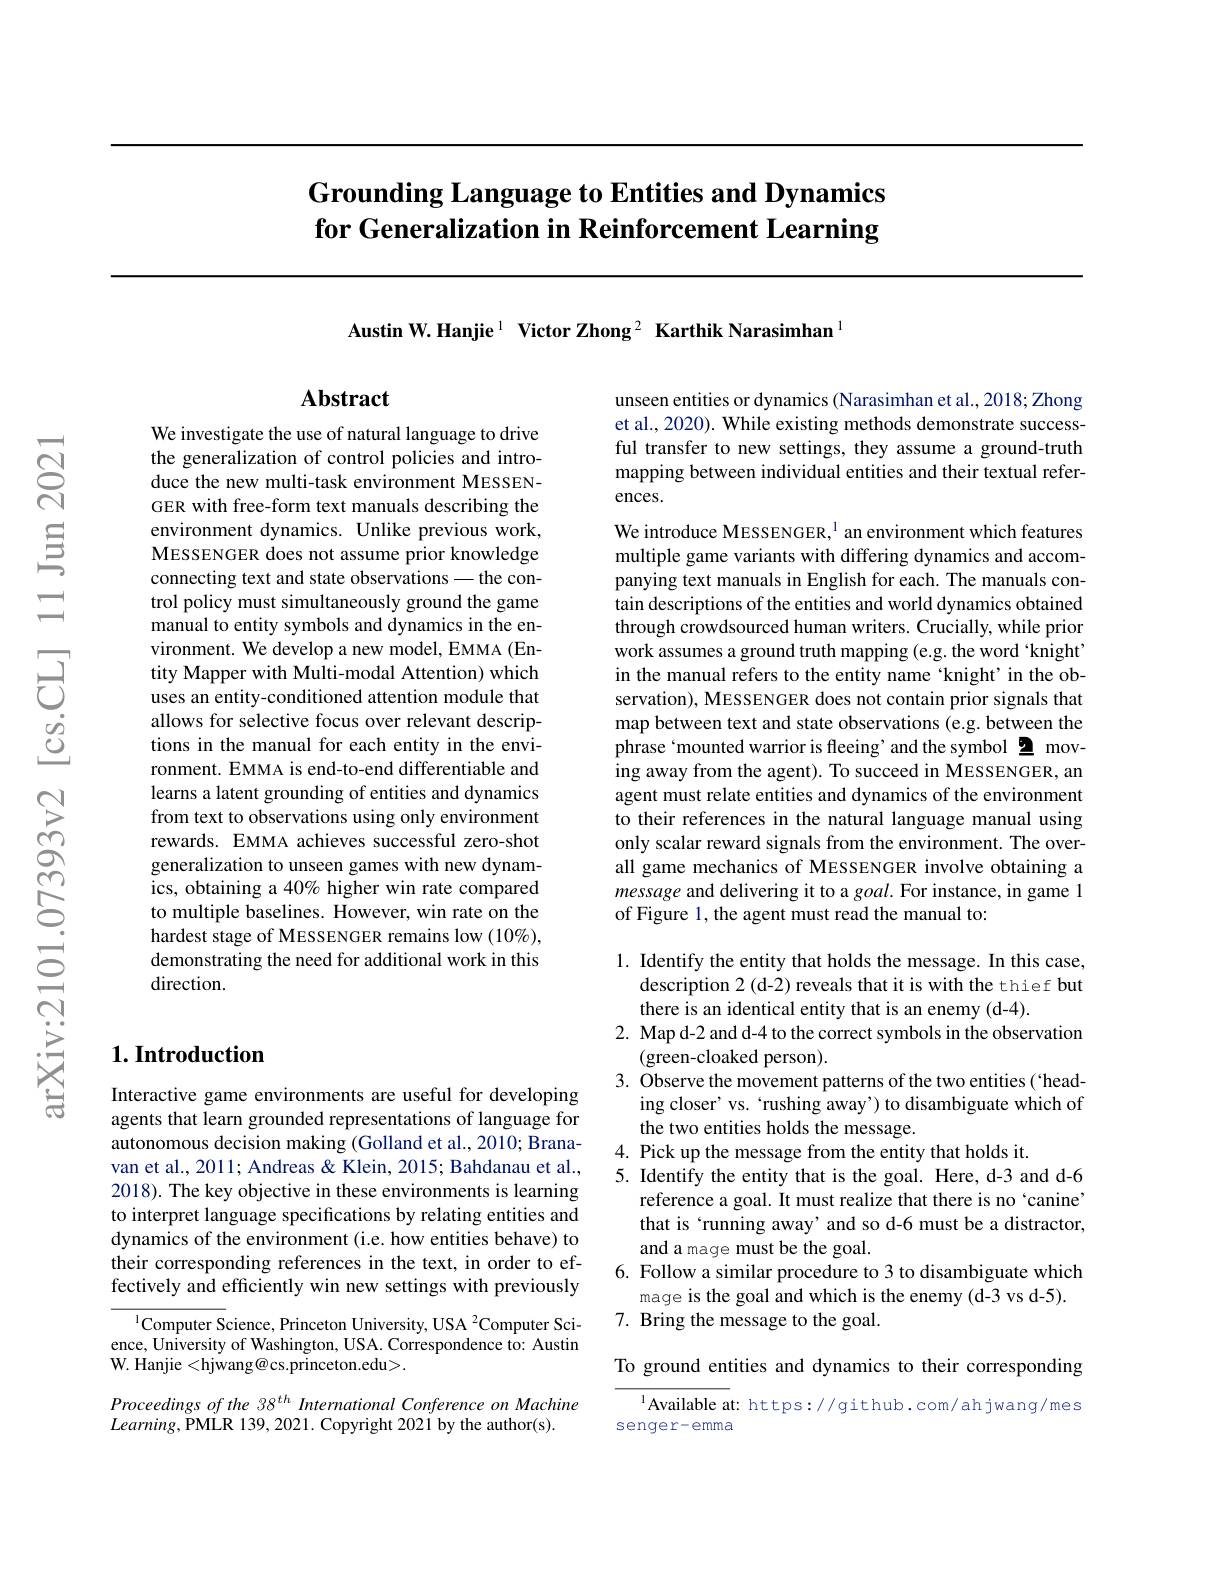
# Grounding Language to Entities and Dynamics for Generalization in Reinforcement Learning

Austin W.Hanjie $^{1}$ Victor Zhong $^2$ Karthik Narasimhan$^{1}$

## Abstract

We investigate the use of natural language to drive the generalization of control policies and introduce the new multi-task environment MESSENGER with free-form text manuals describing the environment dynamics. Unlike previous work, MESSENGER does not assume prior knowledge connecting text and state observations— the control policy must simultaneously ground the game manual to entity symbols and dynamics in the environment. We develop a new model, EMMA (Entity Mapper with Multi-modal Attention) which uses an entity-conditioned attention module that allows for selective focus over relevant descriptions in the manual for each entity in the environment. EMMA is end-to-end differentiable and learns a latent grounding of entities and dynamics from text to observations using only environment rewards. EMMA achieves successful zero-shot generalization to unseen games with new dynamics, obtaining a 40% higher win rate compared to multiple baselines. However, win rate on the hardest stage of MESSENGER remains low $(10\%)$, demonstrating the need for additional work in this direction.

## $1. \textbf{Introduction}$

Interactive game environments are useful for developing agents that learn grounded representations of language for autonomous decision making (Golland et al., 2010; Branavan et al., 2011; Andreas & Klein, 2015; Bahdanau et al., 2018). The key objective in these environments is learning to interpret language specifications by relating entities and dynamics of the environment (i.e. how entities behave) to their corresponding references in the text, in order to effectively and efficiently win new settings with previously

$^{1}$Computer Science, Princeton University, USA $^2$Computer Science, University of Washington, USA. Correspondence to: Austin W. Hanjie < hjwang@ cs. princeton. edu> .

Proceedings of the 38 th International Conference on Machine
$Learning$,PMLR 139, 2021. Copyright 2021 by the author(s).

unseen entities or dynamics (Narasimhan et al., 2018; Zhong et al., 2020). While existing methods demonstrate successful transfer to new settings, they assume a ground-truth mapping between individual entities and their textual references.

We introduce MESSENGER, $^{1}$ an environment which features multiple game variants with differing dynamics and accompanying text manuals in English for each. The manuals contain descriptions of the entities and world dynamics obtained through crowdsourced human writers. Crucially, while prior work assumes a ground truth mapping (e.g. the word knight' in the manual refers to the entity name ‘knight’in the observation), MESSENGER does not contain prior signals that map between text and state observations (e.g. between the phrase‘mounted warrior is fleeing’and the symbol 2 moving away from the agent). To succeed in MESSENGER, an agent must relate entities and dynamics of the environment to their references in the natural language manual using only scalar reward signals from the environment. The overall game mechanics of MESSENGER involve obtaining a message and delivering it to a goal. For instance, in game 1 of Figure 1, the agent must read the manual to:

1. Identify the entity that holds the message. In this case,
description 2 (d-2) reveals that it is with the thief but
there is an identical entity that is an enemy (d-4).
2. Map d-2 and d-4 to the correct symbols in the observation
(green-cloaked person).
3. Observe the movement patterns of the two entities(`head-
ing closer' vs. `rushing away') to disambiguate which of
the two entities holds the message.
4. Pick up the message from the entity that holds it.
5. Identify the entity that is the goal. Here, d-3 and d-6
reference a goal. It must realize that there is no `canine' that is `running away' and so d-6 must be a distractor, and a mage must be the goal.
6. Follow a similar procedure to 3 to disambiguate which
mage is the goal and which is the enemy (d-3 vs d-5).
7. Bring the message to the goal.

To ground entities and dynamics to their corresponding

$^{1}$Available at: https://github.com/ahjwang/mes
senger-emma